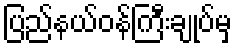
ပြည်နယ်ဝန်ကြီးချုပ်မှ